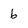
Character: 6